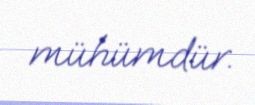
mühümdür.